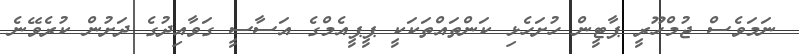
ނަމަވެސް ޖުމްހޫރީ ޕާޓީން ހުށަހެޅި ކަންތައްތަކަކީ ޕީޕީއެމްގެ އަސާސީ ގަވާއިދުގެ ދަށުން ކުރެވޭނެ